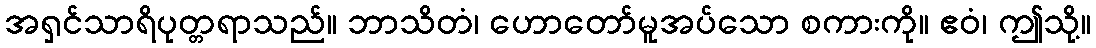
အရှင်သာရိပုတ္တရာသည်။ ဘာသိတံ၊ ဟောတော်မူအပ်သော စကားကို။ ဧဝံ၊ ဤသို့။